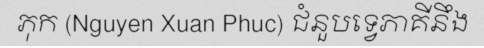
ភុក (Nguyen Xuan Phuc) ជំនួបទ្វេភាគីនឹង